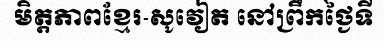
មិត្តភាពខ្មែរ-សូវៀត នៅព្រឹកថ្ងៃទី